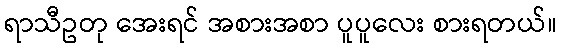
ရာသီဥတု အေးရင် အစားအစာ ပူပူလေး စားရတယ်။